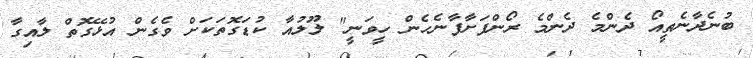
ބުނެދާނެތީއޯ ދެންމެ ދެންމެ ރޯންފަށާފާނެހެން ހީވަނީ" ލޫލުއާ ކުޑަގޮތަކަށް ވެގެން އުޅޭގޮތް ލާއިގާ